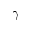
\gamma